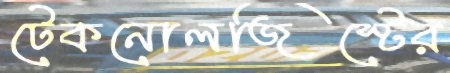
টেকনোলজিস্টের